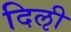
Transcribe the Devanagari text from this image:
दिऌी